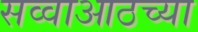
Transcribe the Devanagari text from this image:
सव्वाआठच्या